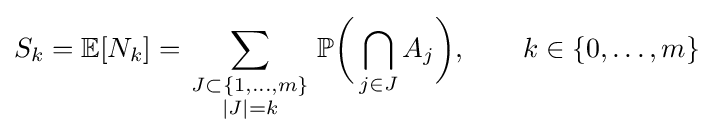
S_{k}=\mathbb {E} [N_{k}]=\sum _{\scriptstyle J\subset \{1,\ldots ,m\} \atop \scriptstyle |J|=k}\mathbb {P} {\biggl (}\bigcap _{j\in J}A_{j}{\biggr )},\qquad k\in \{0,\ldots ,m\}